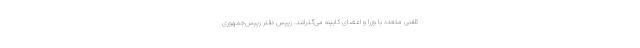
تلفنی متعدد با وزرا و اعضای کابینه می‌گذرانند. رییس دفتر رییس‌جمهوری